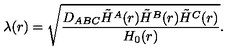
\lambda ( r ) = \sqrt { { \frac { D _ { A B C } \tilde { H } ^ { A } ( r ) \tilde { H } ^ { B } ( r ) \tilde { H } ^ { C } ( r ) } { H _ { 0 } ( r ) } } } .